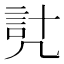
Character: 𧦕